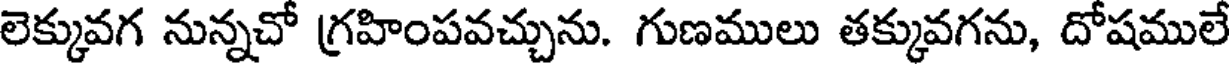
లెక్కువగ నున్నచో గ్రహింపవచ్చును. గుణములు తక్కువగను, దోషములే